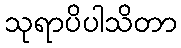
သုရာပိပါသိတာ